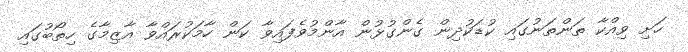
ހަށި ވިއްކާ ތަންތަނުގައި ކުޑަކުދިން ގެންގުޅުން އާންމުވެފައިވާ ކަން ހާމަކުރައްވާ އާޒިމާގެ ހިތޯބުގައި